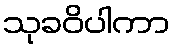
သုခဝိပါကာ